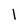
Character: l